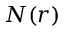
N ( r )